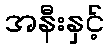
အနီးနှင့်